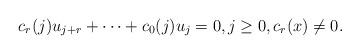
LaTeX: \begin{align*} c_r(j) u_{j+r} + \dots + c_0(j) u_{j} = 0 , j \geq 0, c_r(x) \neq 0.\end{align*}